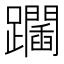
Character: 𨇧